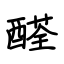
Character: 醛